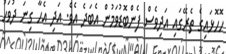
ހޮހޮޅައިގެ ތެރޭގައި އަދިވެސް ފެންބޮޑުވަމުން އެބަދެ އެވެ. އަދި އެހާ ގިނަ ދުވަހު